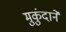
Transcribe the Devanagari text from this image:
मुकुंदानें